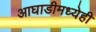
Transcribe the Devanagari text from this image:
आघाडीमध्येही